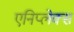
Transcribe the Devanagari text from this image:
एनिप्लेक्स